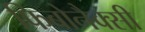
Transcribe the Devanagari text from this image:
फिबोनैक्सी